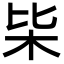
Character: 枈